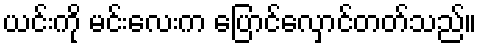
ယင်းကို မင်းလေးက ပြောင်လှောင်တတ်သည်။